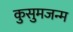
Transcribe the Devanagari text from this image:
कुसुमजन्म